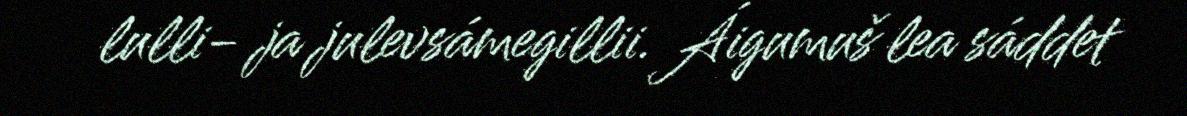
lulli- ja julevsámegillii. Áigumuš lea sáddet